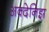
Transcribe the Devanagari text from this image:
अक्देनिझ